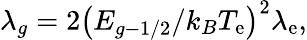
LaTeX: {\lambda_{g}}=2{\left({{E_{g-1/2}}/{k_{B}}{T_{\mathrm{e}}}}\right)^{2}}{\lambda_{\mathrm{e}}},